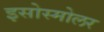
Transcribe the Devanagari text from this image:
इसोस्मोलर